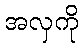
အလှကို